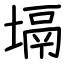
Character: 塥